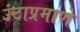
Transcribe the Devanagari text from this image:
उंटाप्रमाणे